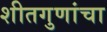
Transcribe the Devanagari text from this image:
शीतगुणांचा